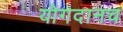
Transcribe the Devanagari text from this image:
योगदानच